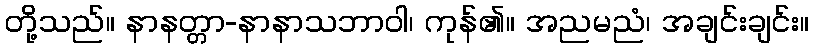
တို့သည်။ နာနတ္တာ-နာနာသဘာဝါ၊ ကုန်၏။ အညမညံ၊ အချင်းချင်း။